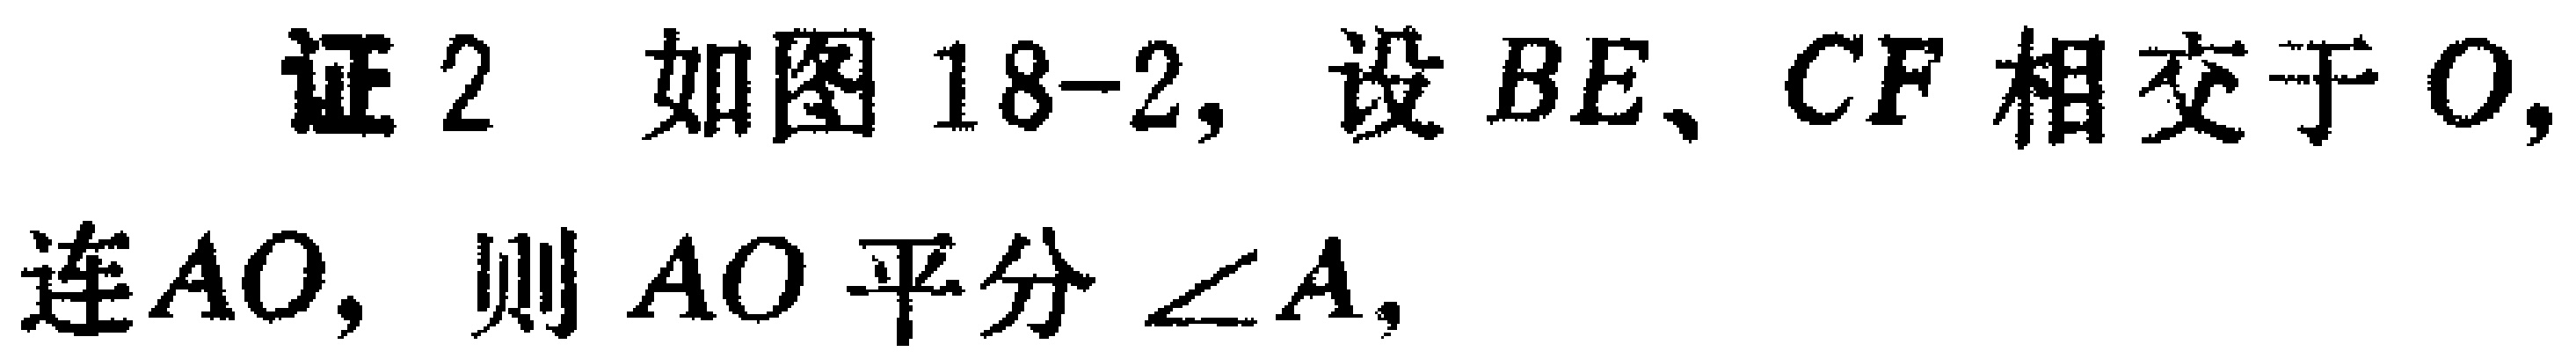
证2 如图18-2, 设 \(BE、CF\) 相交于 \(O,\) 连 \(AO,\) 则 \(AO\) 平分 \(\angle A,\)